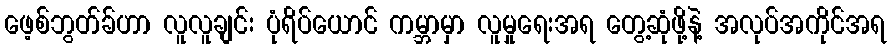
ဖေ့စ်ဘွတ်ခ်ဟာ လူလူချင်း ပုံရိပ်ယောင် ကမ္ဘာမှာ လူမှုရေးအရ တွေ့ဆုံဖို့နဲ့ အလုပ်အကိုင်အရ